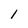
Character: 1